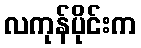
လကုန်ပိုင်းက